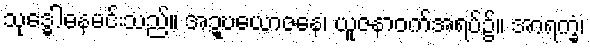
သုဒ္ဓေါဓနမင်းသည်။ အဍ္ဎယောဇနေ၊ ယူဇနာဝက်အရပ်၌။ အာရက္ခံ၊